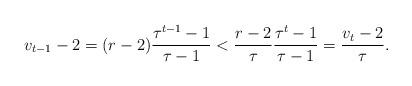
LaTeX: \begin{align*} v_{t-1}-2 = (r-2) \frac{\tau^{t-1}-1}{\tau-1} < \frac{r-2}{\tau} \frac{\tau^{t}-1}{\tau-1} = \frac{v_{t}-2}{\tau}.\end{align*}